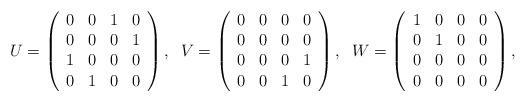
LaTeX: \begin{align*}U = \left(\begin{array}{cccc} 0 & 0 & 1 & 0\\ 0 & 0 & 0 & 1\\ 1 & 0 & 0 & 0\\ 0 & 1 & 0 & 0 \end{array}\right), \;\; V = \left(\begin{array}{cccc} 0 & 0 & 0 & 0\\ 0 & 0 & 0 & 0\\ 0 & 0 & 0 & 1\\ 0 & 0 & 1 & 0 \end{array}\right), \;\;W = \left(\begin{array}{cccc} 1 & 0 & 0 & 0\\ 0 & 1 & 0 & 0\\ 0 & 0 & 0 & 0\\ 0 & 0 & 0 & 0 \end{array}\right),\end{align*}